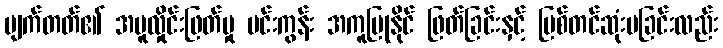
ပျက်တတ်၏ အပူလှိုင်းဖြတ်မှု မင်းကွန်း အကူပြုနိုင် ဖြတ်ခြင်းနှင့် ပြစ်တင်ဆုံးမခြင်းလည်း